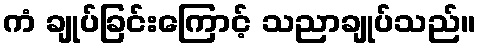
ကံ ချုပ်ခြင်းကြောင့် သညာချုပ်သည်။